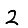
Digit: 2